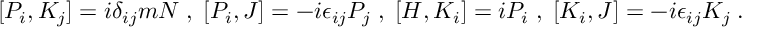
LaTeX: [ P _ { i } , K _ { j } ] = i \delta _ { i j } m N \; , \; [ P _ { i } , J ] = - i \epsilon _ { i j } P _ { j } \; , \; [ H , K _ { i } ] = i P _ { i } \; , \; [ K _ { i } , J ] = - i \epsilon _ { i j } K _ { j } \; .